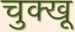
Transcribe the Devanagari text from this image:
चुक्खू